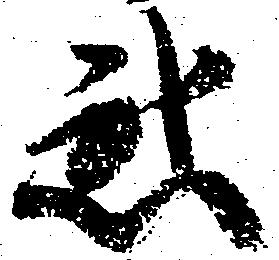
惑